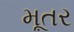
મૂતર